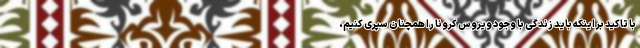
با تاکید بر اینکه باید زندگی با وجود ویروس کرونا را همچنان سپری کنیم،